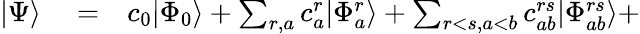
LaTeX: \begin{array}{rlr}{|\Psi\rangle}&{{}=}&{c_{0}|\Phi_{0}\rangle+\sum_{r,a}c_{a}^{r}|\Phi_{a}^{r}\rangle+\sum_{r<s,a<b}c_{ab}^{rs}|\Phi_{ab}^{rs}\rangle+}\end{array}